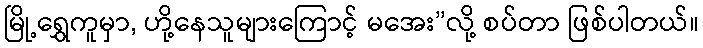
မြို့ရွှေကူမှာ, ဟို့နေသူများကြောင့် မအေး”လို့ စပ်တာ ဖြစ်ပါတယ်။